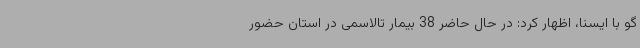
گو با ایسنا، اظهار کرد: در حال حاضر 38 بیمار تالاسمی در استان حضور